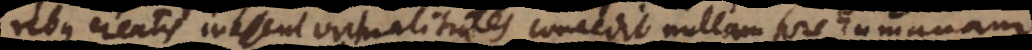
rebus creatis inessent virtualitates concedit nullam fore humanam